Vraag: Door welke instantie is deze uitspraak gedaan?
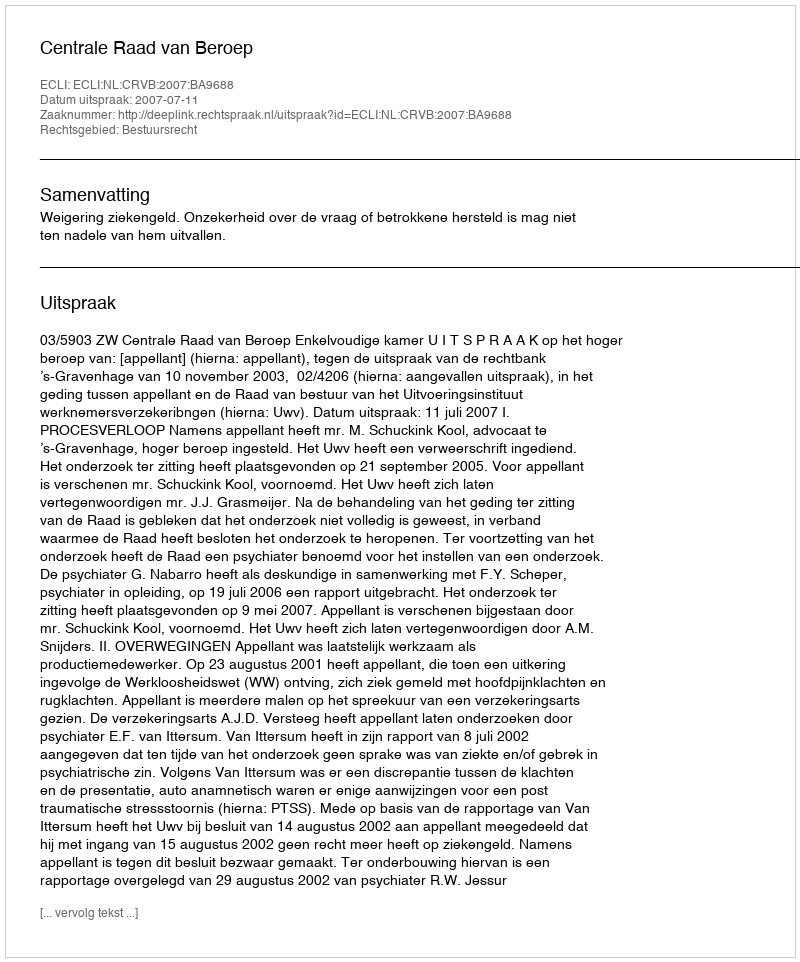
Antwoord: Centrale Raad van Beroep